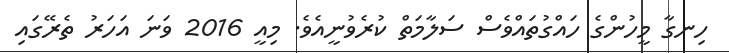
ހިނގާ މީހުންގެ ހައްގުތައްވެސް ސަލާމަތް ކުރެވުނީއެވެ. މިއީ 2016 ވަނަ އަހަރު ތެރޭގައި